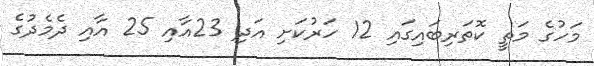
މަހުގެ މަތީ ކޮތަރިބައިގައި 12 ހަރުކަށި އަދި 23އާއި 25 އާއި ދެމެދުގެ